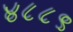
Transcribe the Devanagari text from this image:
४८८९